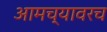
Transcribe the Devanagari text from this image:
आमच्यावरच